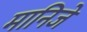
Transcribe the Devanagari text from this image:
मानिजे